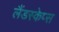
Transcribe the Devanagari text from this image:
लैंडस्केप्स